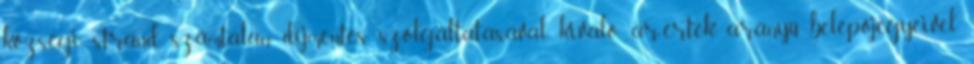
községi strand számtalan díjmentes szolgáltatásával, kiváló ár-érték arányú belépőjegyeivel